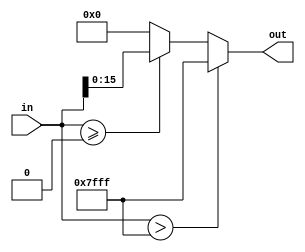
/////////////////////////////////////////////////////////////////////////////////////
//                                                                                 //
// Module : Signed saturator for integer arithemtic                                //
//                                                                                 //
//                                                                                 //
// Copyright Superlative Semiconductor LLC 2021                                    //
// This source describes Open Hardware and is licensed under the CERN-OHL-P v2     //
// You may redistribute and modify this documentation and make products            //
// using it under the terms of the CERN-OHL-P v2 (https:/cern.ch/cern-ohl).        //
// This documentation is distributed WITHOUT ANY EXPRESS OR IMPLIED                //
// WARRANTY, INCLUDING OF MERCHANTABILITY, SATISFACTORY QUALITY                    //
// AND FITNESS FOR A PARTICULAR PURPOSE. Please see the CERN-OHL-P v2              //
// for applicable conditions.                                                      //
//                                                                                 //
// Description:                                                                    //
//    This code performs a signed saturation for the txcancel.v block dtc state.   //
//                                                                                 //
//    Revisions:                                                                   //
//                                                                                 //
/////////////////////////////////////////////////////////////////////////////////////

module dtc_state_saturate
    (
        input     wire     signed    [17:0]    in,
        output    wire     signed    [15:0]    out
    );
    
    assign out = (in > 18'sd32767) ? 16'sd32767 : ((in >= 18'sd0) ? in[15:0] : 16'sb0);
    
endmodule